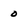
Character: 0